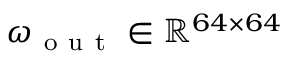
\omega _ { \mathrm { ~ o ~ u ~ t ~ } } \in \mathbb { R } ^ { 6 4 \times 6 4 }